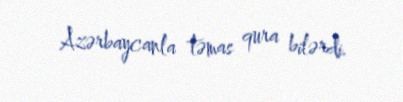
Azərbaycanla təmas qura bilərdi.